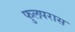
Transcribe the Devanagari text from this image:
फुलपरास